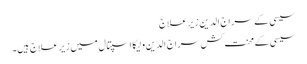
سیسی کے سراج الدین زیر علاج
سیسی کے محنت کش سراج الدین ولیکا اسپتال میں زیر علاج ہیں۔